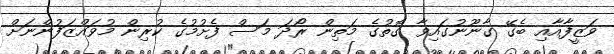
ވަޒީފާއާއި ބެގޭ ގާނޫނުގައިވާ ގޮތުގެ މަތިން ރޯދަ މަސް ފެށުމުގެ ކުރިން މުވައްޒަފުންނަށް